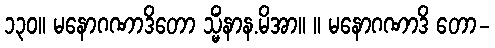
၁၃၀။ မနောဂဏာဒိတော သ္မိံနာန.မိအာ။ ။ မနောဂဏာဒိ တော-